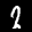
Label: 2